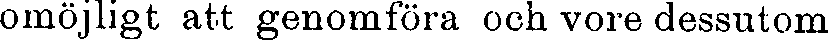
omöjligt att genomföra och vore dessutom